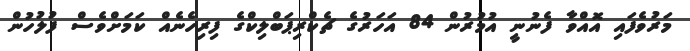
މަރުވެފައި އޮއްވާ ފެނުނީ އުމުރުން 84 އަހަރުގެ ޗެކްރިޕަބްލިކްގެ ފިރިހެނެއް ކަމަށްވެސް ފުލުހުން